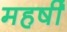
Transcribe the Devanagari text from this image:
महर्षीं